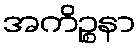
အကိဉ္စနာ